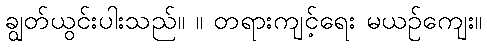
ချွတ်ယွင်းပါးသည်။ ။ တရားကျင့်ရေး မယဉ်ကျေး။